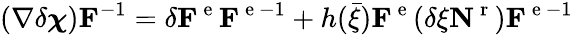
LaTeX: (\nabla\delta\boldsymbol{\chi}){\mathbf F}^{-1}=\delta{\mathbf F}^{\mathrm{~e~}}{\mathbf F}^{\mathrm{~e~}-1}+h(\bar{\xi}){\mathbf F}^{\mathrm{~e~}}(\delta\xi\textbf{N}^{\mathrm{~r~}}){\mathbf F}^{\mathrm{~e~}-1}